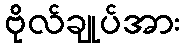
ဗိုလ်ချုပ်အား